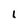
Character: I